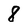
Character: 8